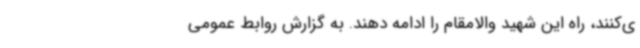
ی‌کنند، راه این شهید والامقام را ادامه دهند. به گزارش روابط عمومی